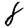
Digit: 8